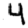
Digit: 4